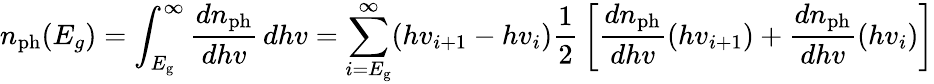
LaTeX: n_{\mathrm{ph}}(E_{g})=\int_{E_{\mathrm{g}}}^{\infty}{\frac{dn_{\mathrm{ph}}}{dhv}}\, dhv=\sum_{i=E_{\mathrm{g}}}^{\infty}(hv_{i+1}-hv_{i}){\frac{1}{2}}\left[{\frac{dn_{\mathrm{ph}}}{dhv}}(hv_{i+1})+{\frac{dn_{\mathrm{ph}}}{dhv}}(hv_{i})\right]